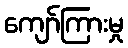
ကျော်ကြားမှု